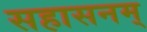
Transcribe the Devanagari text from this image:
सहासनम्